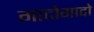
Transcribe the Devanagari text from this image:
गादोगादो